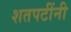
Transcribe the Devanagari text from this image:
शतपटींनी